Report of an investigation into the causes of the diseases known in Assam as Kála-Azár and Beri-Beri
Disease focus: Beri-Beri
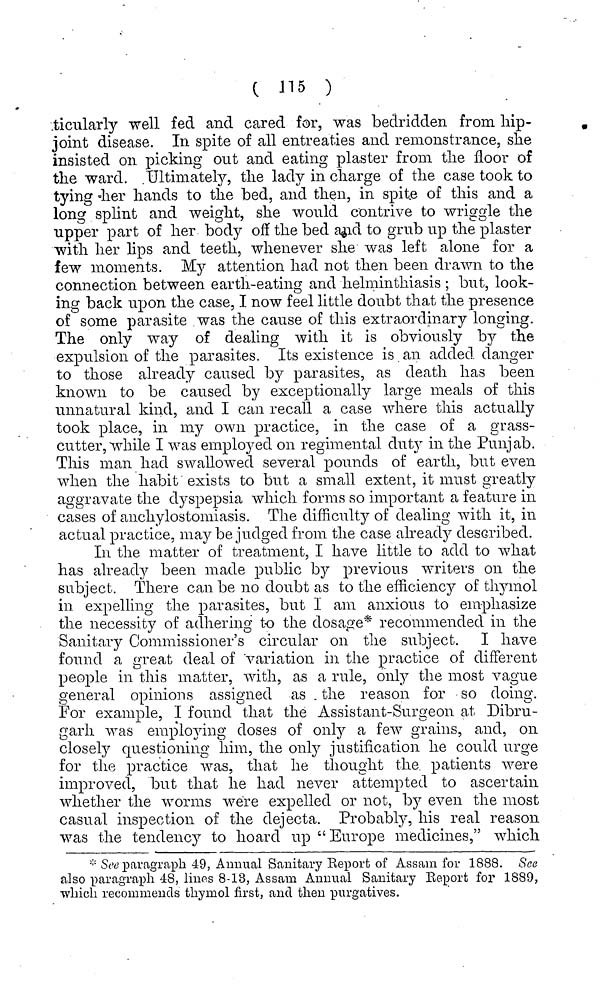
C -" 15 )
ticularly well fed and cared for, was bedridden from hip-
joint disease. In spite of all entreaties and remonstrance, she
insisted on picking out and eating plaster from the floor of
the ward. Ultimately, the lady in charge of the case took to
tying her hands to the bed, and then, in spite of this and a
long splint and weight, she would contrive to wriggle the
upper part of her body off the bed and to grub up the plaster
with her lips and teeth, whenever she was left alone for a
few moments. My attention had not then been drawn to the
connection between earth-eating and helminthiasis ; but, look-
ing back upon the case, I now feel little doubt that the presence
of some parasite was the cause of this extraordinary longing.
The only way of dealing with it is obviously by the
expulsion of the parasites. Its existence is an added danger
to those already caused by parasites, as death has been
known to be caused by exceptionally large meals of this
unnatural kind, and I can recall a case where this actually
took place, in my own practice, in the case of a grass-
cutter, while I was employed on regimental duty in the Punjab.
This man had swallowed several pounds of earth, but even
when the habit exists to but a small extent, it must greatly
aggravate the dyspepsia which forms so important a feature in
cases of anchylostomiasis. The difficulty of dealing with it, in
actual practice, may be judged from the case already described.
In the matter of treatment, I have little to add to what
has already been made public by previous writers on the
subject. There can be no doubt as to the efficiency of thymol
in expelling the parasites, but I am anxious to emphasize
the necessity of adhering to the dosage* recommended in the
Sanitai-y Commissioner's circular on the subject. I have
found a great deal of variation in the practice of different
people in this matter, with, as a rule, only the most vague
general opinions assigned as the reason for so doing.
For example, I found that the Assistant-Surgeon at Dibru-
garh was employing doses of only a few grains, and, on
closely questioning him, the only justification he could urge
for the practice was, that he thought the patients were
improved, but that he had never attempted to ascertain
whether the worms were expelled or not, b}*- even the most
casual inspection of the dejecta. Probably, his real reason
was the tendency to hoard up "Europe medicines," which
* See paragraph 49, Annual Sanitary Keport of Assam for 1888. See
also paragraph 48, linos 8-13, Assam Annual Sanitary Report for 1889,
which recommends thymol first, and then purgatives.